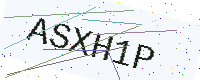
Text: ASXH1P